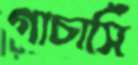
গাচাসিঁ